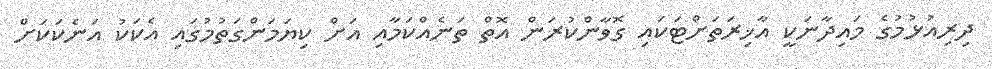
ދިރިއުޅުމުގެ މައިދާނަކީ އާޚިރަތަށްޓަކައި ގޮވާންކުރަން އޮތް ތަނެއްކަމާއި އަށް ކިޔަމަންގަތުމުގައި އެކަކު އަނެކަކަށް